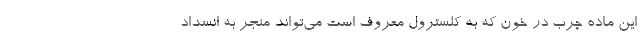
این ماده چرب در خون که به کلسترول معروف است می‌تواند منجر به انسداد